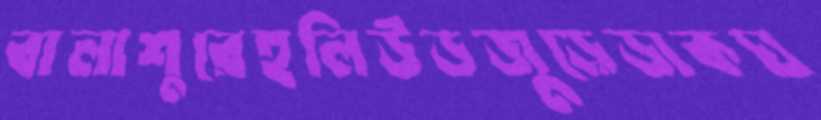
বালাশুরেহলিউডজুড়েডাকঘ